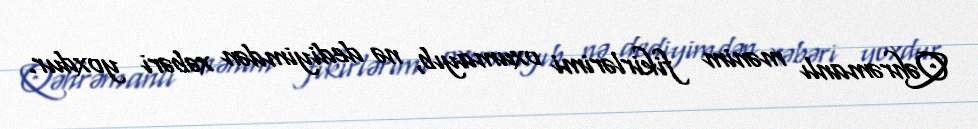
Qəhrəmanlı mənim fikirlərimi oxumayıb, nə dediyimdən xəbəri yoxdur.